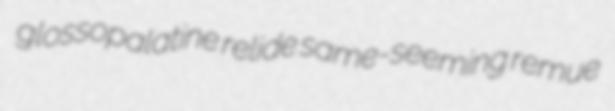
glossopalatine relide same-seeming remue